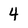
Character: 4